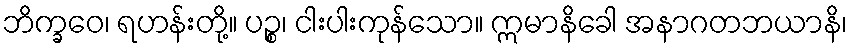
ဘိက္ခဝေ၊ ရဟန်းတို့။ ပဉ္စ၊ ငါးပါးကုန်သော။ ဣမာနိခေါ အနာဂတဘယာနိ၊